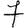
Digit: 7